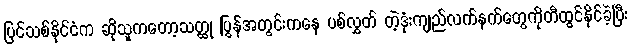
ပြင်သစ်နိုင်ငံက ဆိုသူကတော့သတ္ထု ပြွန်အတွင်းကနေ ပစ်လွှတ် တဲ့ဒုံးကျည်လက်နက်တွေကိုတီထွင်နိုင်ခဲ့ပြီး